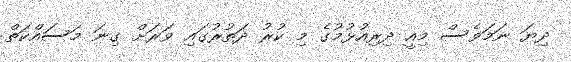
ދިޔަ ނަމަވެސް މިއީ ދިރިއުޅުމުގެ މި ކުރު ދަތުރުގައި ވަރަށް ގިނަ މަސައްކަތް